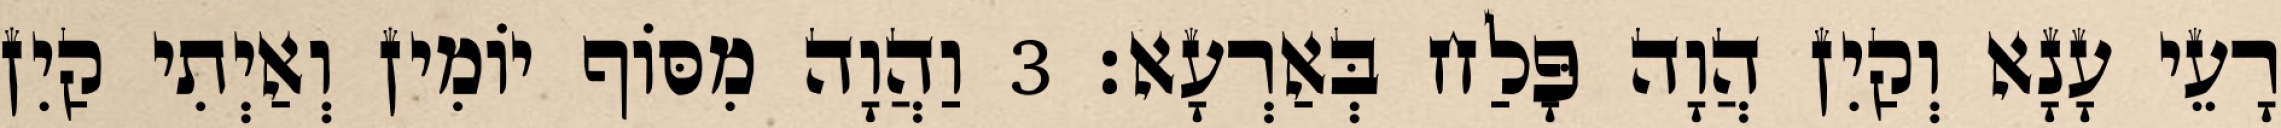
רָעֵי עָנָא וְקַיִן הֲוָה פָּלַח בְּאַרְעָא׃ 3 וַהֲוָה מִסּוֹף יוֹמִין וְאַיְתִי קַיִן